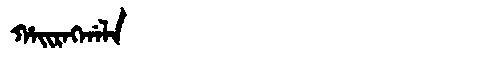
Manchu: ᡥᠠᡳᡵᠩᡤᠠᠯᠠ
Romanization: HAIRNGGALA